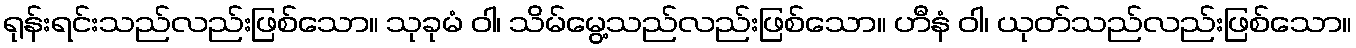
ရုန်းရင်းသည်လည်းဖြစ်သော။ သုခုမံ ဝါ၊ သိမ်မွေ့သည်လည်းဖြစ်သော။ ဟီနံ ဝါ၊ ယုတ်သည်လည်းဖြစ်သော။